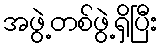
အဖွဲ့တစ်ဖွဲ့ရှိပြီး